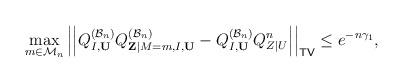
LaTeX: \begin{align*} \max\limits_{m\in\mathcal{M}_n}\Big|\Big|Q^{(\mathcal{B}_n)}_{I,\mathbf{U}}Q^{(\mathcal{B}_n)}_{\mathbf{Z}|M=m,I,\mathbf{U}}-Q^{(\mathcal{B}_n)}_{I,\mathbf{U}}Q^n_{Z|U}\Big|\Big|_{\mathsf{TV}}\leq e^{-n\gamma_1},\end{align*}